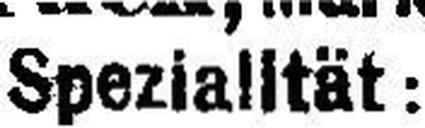
Spezialltät: